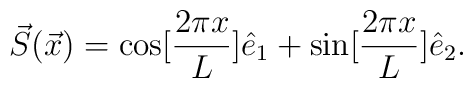
\vec{S}(\vec{x}) = \cos [ \frac{2 \pi x}{L}] \hat{e}_{1} + \sin [\frac{2 \pi x}{L}] \hat{e}_{2}.